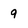
Character: 9